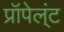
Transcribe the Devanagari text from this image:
प्रॉपेल्ंट